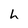
Character: h